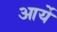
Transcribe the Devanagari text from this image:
आर्ये